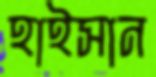
হাইসান